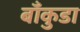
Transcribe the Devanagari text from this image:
बाँकुडा